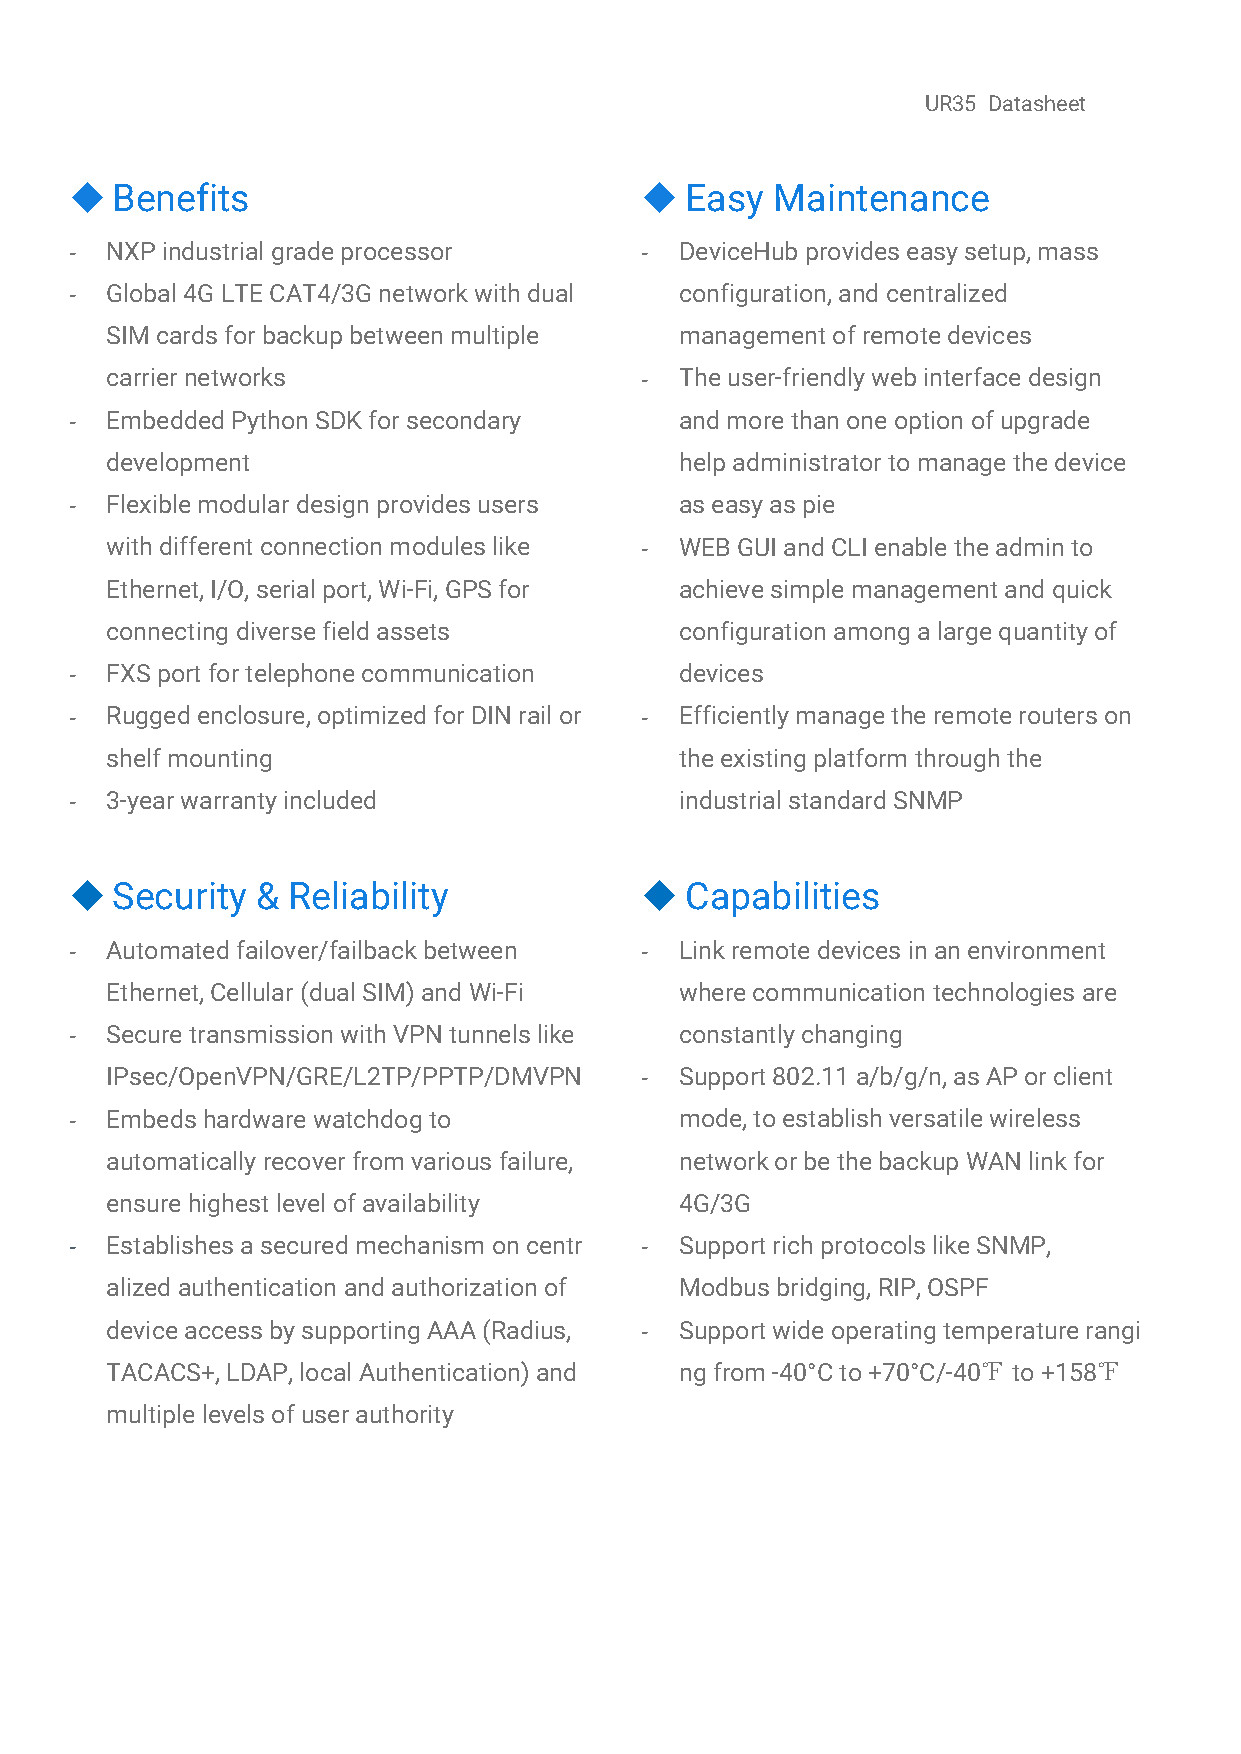
UR35 Datasheet
  Benefits                             Easy  Maintenance
 - NXP industrialgrade processor      -  DeviceHubprovides easysetup, mass
 - Global 4GLTECAT4/3Gnetwork withdual   configuration, and centralized
 SIMcards forbackup betweenmultiple    managementof remotedevices
 carrier networks                   -  Theuser-friendly webinterface design
 - Embedded PythonSDKforsecondary        andmorethanone option ofupgrade
 development                           helpadministrator tomanage thedevice
 - Flexible modular designprovides users aseasyas pie
 with differentconnectionmodules like - WEBGUIand CLIenable the adminto
 Ethernet,I/O, serialport,Wi-Fi, GPSfor achieve simplemanagement and quick
 connectingdiversefield assets         configurationamonga large quantityof
 - FXSportfor telephone communication    devices
 - Ruggedenclosure, optimizedforDIN railor - Efficientlymanage the remote routerson
 shelfmounting                         theexistingplatform throughthe
 - 3-year warrantyincluded               industrialstandard SNMP
  Security  & Reliability              Capabilities
 - Automatedfailover/failback between -  Linkremotedevices inanenvironment
 Ethernet,Cellular (dual SIM) and Wi-Fi wherecommunication technologies are
 - Secure transmissionwith VPNtunnelslike constantlychanging
 IPsec/OpenVPN/GRE/L2TP/PPTP/DMVPN  -  Support802.11 a/b/g/n, as AP or client
 - Embedshardware watchdogto             mode,toestablish versatile wireless
 automatically recover fromvarious failure, networkorbe the backupWANlink for
 ensurehighest levelof availability    4G/3G
 - Establishesasecuredmechanism oncentr - Supportrich protocolslike SNMP,
 alizedauthentication andauthorization of Modbus bridging, RIP, OSPF
 device accessbysupportingAAA(Radius, - Supportwide operatingtemperaturerangi
 TACACS+, LDAP, local Authentication) and ngfrom-40°Cto+70°C/-40℉to+158℉
 multiple levels of userauthority